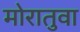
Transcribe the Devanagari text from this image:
मोरातुवा